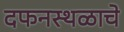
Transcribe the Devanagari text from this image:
दफनस्थळाचे